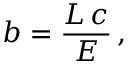
b = { \frac { L \, c } { E } } \, ,